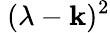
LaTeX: \ (\lambda-\mathbf{k})^{2}